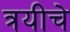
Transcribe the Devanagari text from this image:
त्रयीचे